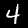
Label: 4